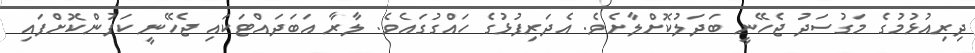
ދިރިއުޅުމުގެ މަގުސަދު ޖެހޭނީ ބަދަލުކޮށްލާށެވެ. އެދަރިފުޅުގެ ހައްގުގައެވެ. ލާރާ އަބަދައްޓަކައި ޖެހޭނީ ކަފުންކޮށްފައި